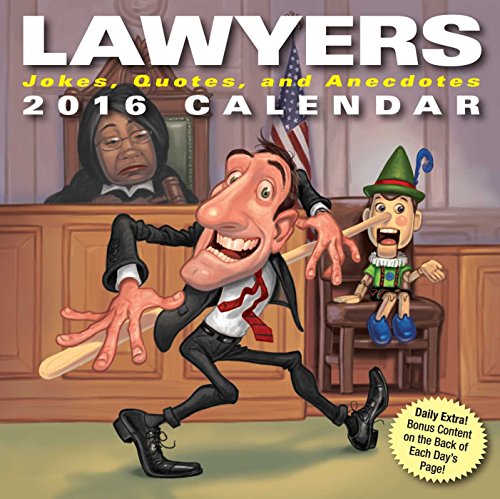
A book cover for Lawyers 2016 Day-to-Day Calendar: Jokes, Quotes, and Anecdotes; Andrews McMeel Publishing LLC; Calendars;